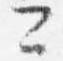
二